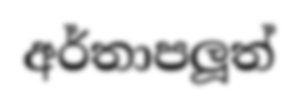
අර්තාපලූත්